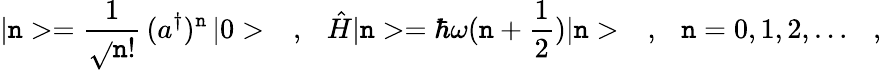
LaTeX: |\mathtt{n}>=\frac{{1}}{{\sqrt{}{{\mathtt{n}!}}}}\, (a^{\dagger})^{\mathtt{n}}\, |0>\ \ \ ,\ \ \ \hat{{H}}|\mathtt{n}>=\hbar\omega(\mathtt{n}+\frac{{1}}{{2}})|\mathtt{n}>\ \ \ ,\ \ \ \mathtt{n}=0,1,2,\dots\ \ \ ,